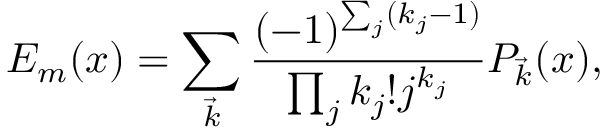
E _ { m } ( x ) = \sum _ { \vec { k } } { \frac { ( - 1 ) ^ { \sum _ { j } ( k _ { j } - 1 ) } } { \prod _ { j } k _ { j } ! j ^ { k _ { j } } } } P _ { \vec { k } } ( x ) ,